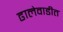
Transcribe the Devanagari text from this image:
ढालेवाडीत